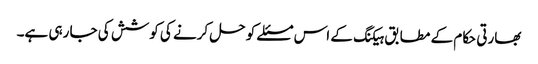
بھارتی حکام کے مطابق ہیکنگ کے اس مسئلے کو حل کرنے کی کوشش کی جا رہی ہے۔